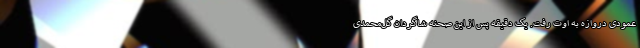
عمودی دروازه به اوت رفت. یک دقیقه پس از این صحنه شاگردان گل‌محمدی